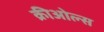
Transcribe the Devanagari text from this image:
क्रीओल्स